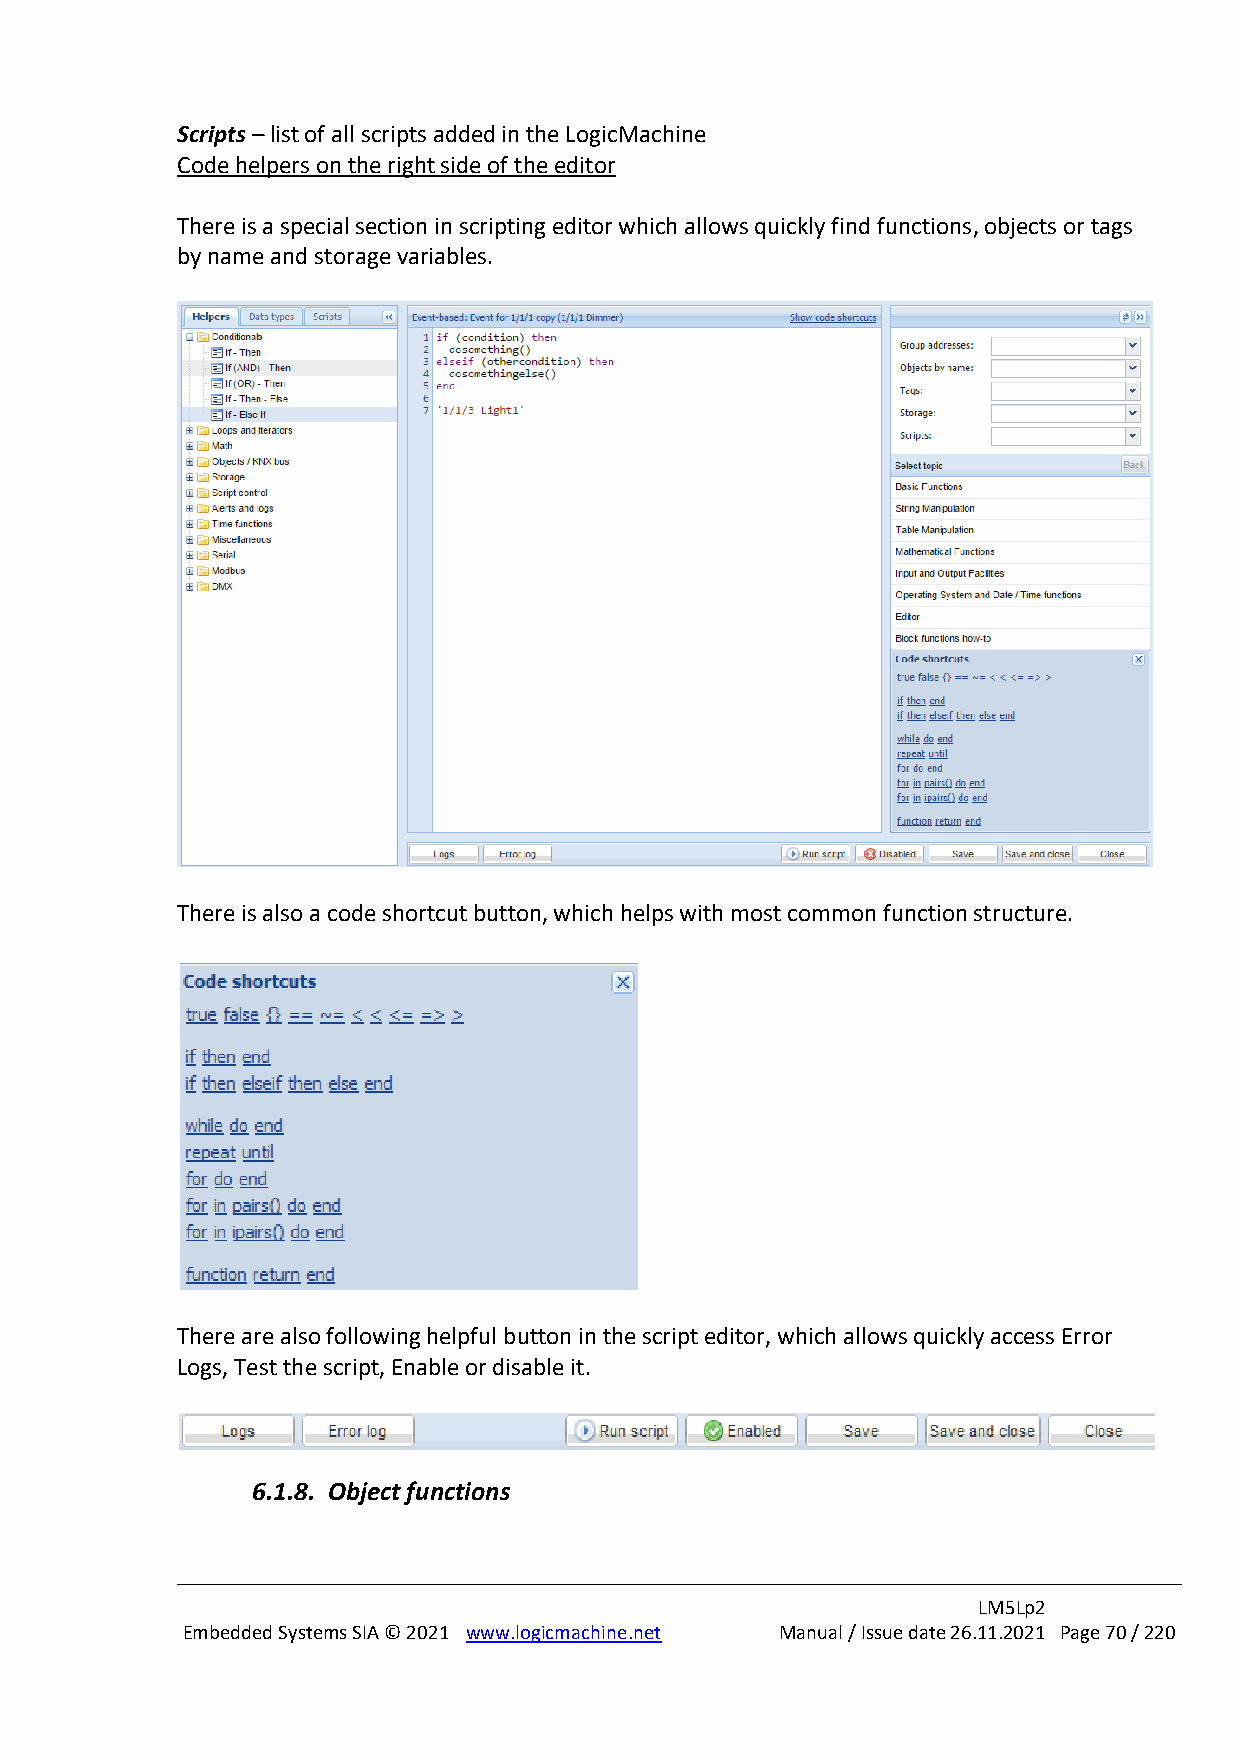
Scripts – list of all scripts added in the LogicMachine
 Code helpers on the right side of the editor
 There is a special section in scripting editor which allows quickly find functions, objects or tags
 by name and storage variables.
 There is also a code shortcut button, which helps with most common function structure.
 There are also following helpful button in the script editor, which allows quickly access Error
 Logs, Test the script, Enable or disable it.
 6.1.8. Object functions
 LM5Lp2
 Embedded Systems SIA © 2021 www.logicmachine.net Manual / Issue date 26.11.2021 Page 70 / 220